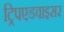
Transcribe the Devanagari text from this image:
ट्रिपएडवाइसर